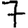
Digit: 7